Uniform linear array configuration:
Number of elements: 8
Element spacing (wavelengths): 0.5
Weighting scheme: uniform
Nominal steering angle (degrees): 60
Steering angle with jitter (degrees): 60.927
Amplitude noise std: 0.05
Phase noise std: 0.05

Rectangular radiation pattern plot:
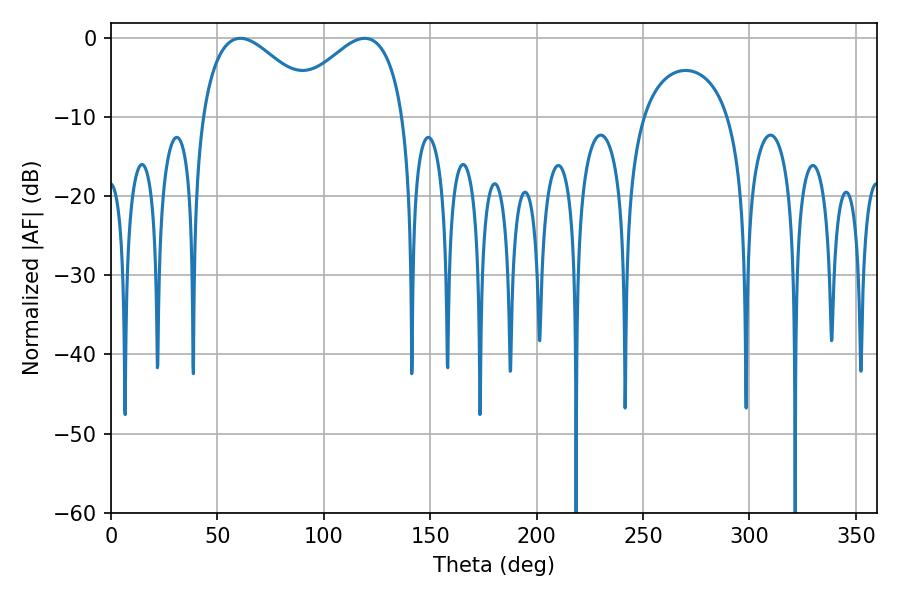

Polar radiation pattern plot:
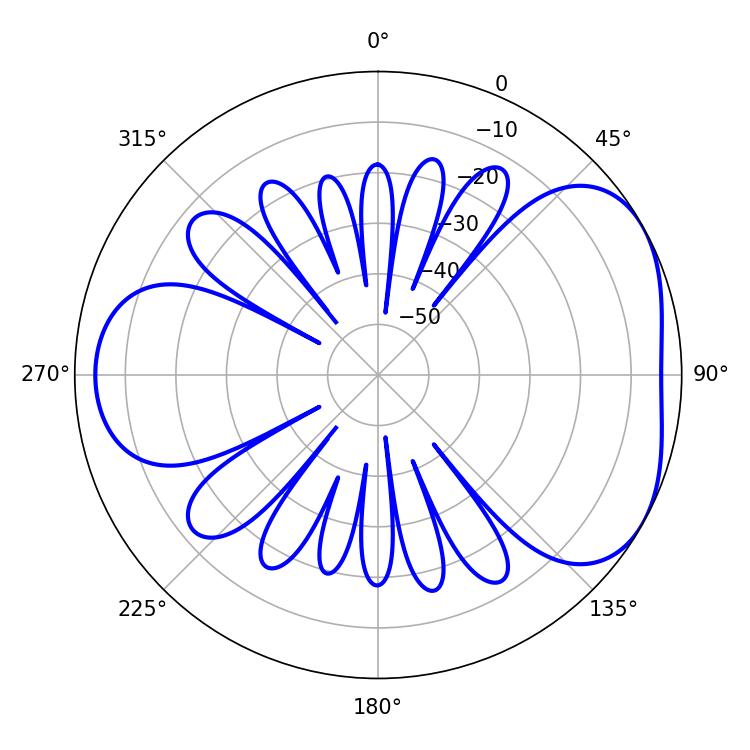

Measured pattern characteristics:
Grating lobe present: FALSE
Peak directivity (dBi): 4.382
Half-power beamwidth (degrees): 29.88
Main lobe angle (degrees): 60.84